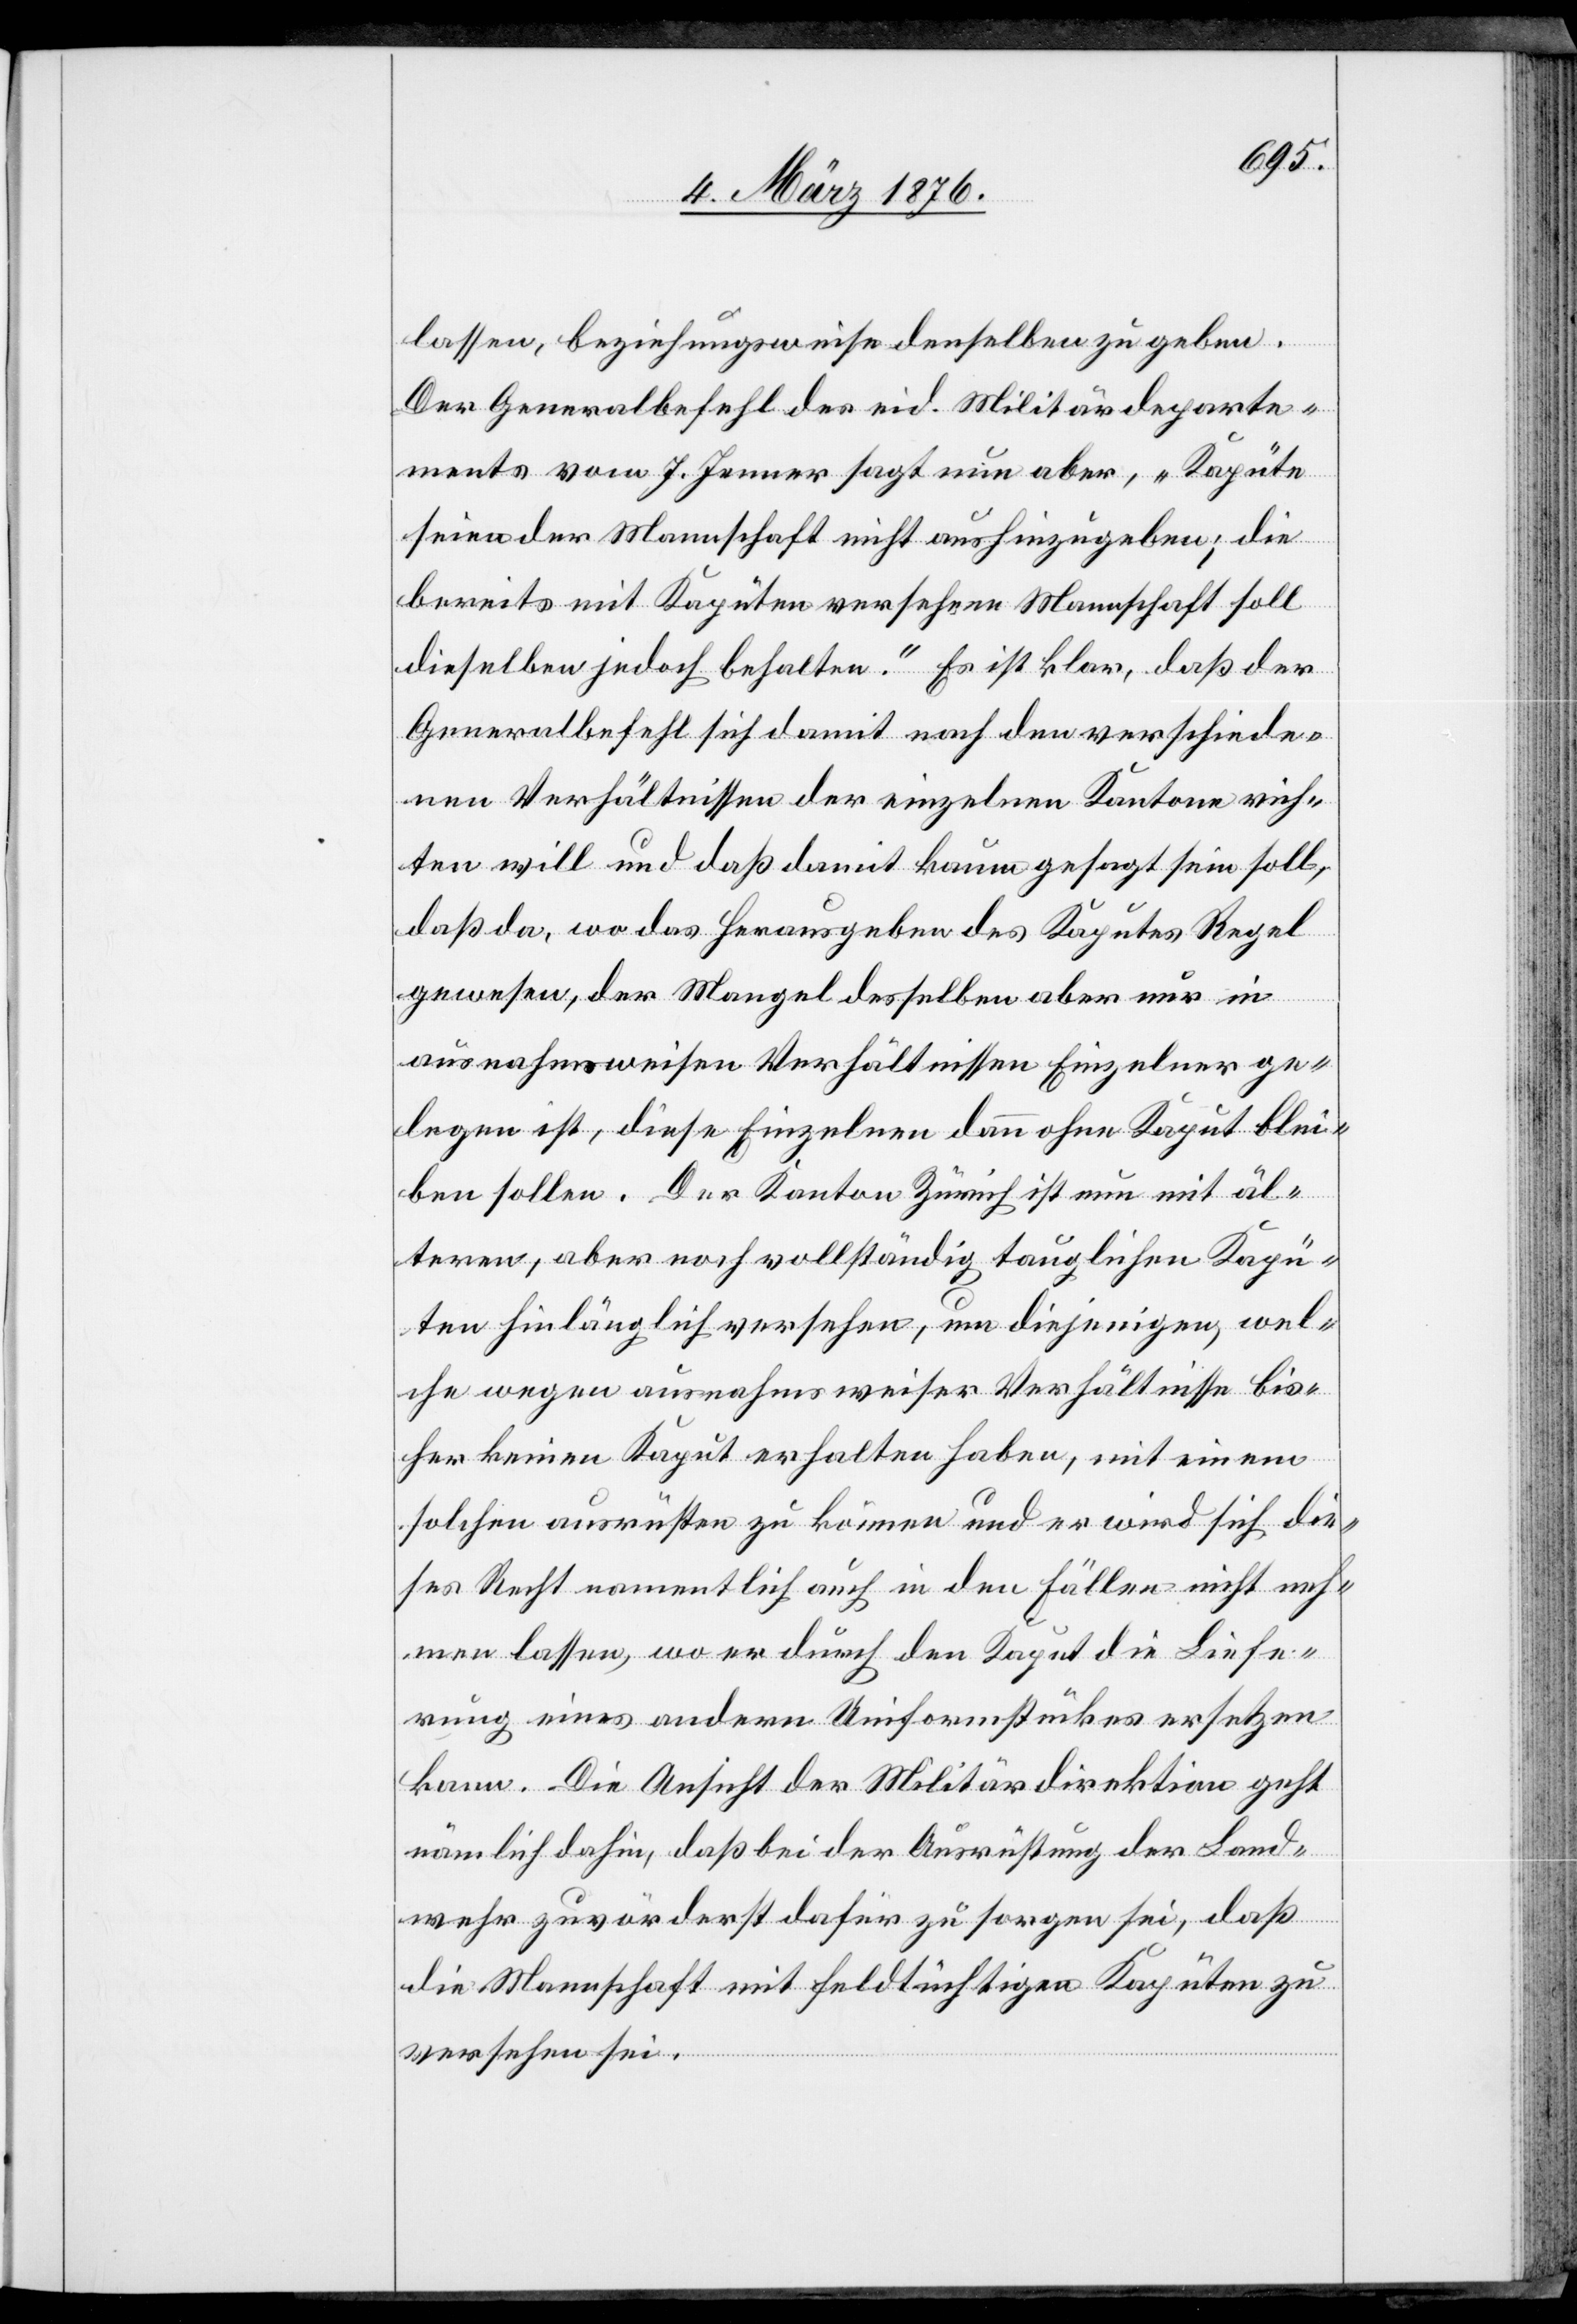
lassen, beziehungsweise denselben zu geben.
Der Generalbefehl des eid. Militärdeparte¬
ments vom 7. Jenner sagt nun aber, „Kapüte
seien der Mannschaft nicht aushinzugeben; die
bereits mit Kapüten versehende Mannschaft soll
dieselben jedoch behalten.“ Es ist klar, daß der
Generalbefehl sich damit nach den verschiede¬
nen Verhältnissen der einzelnen Kantone rich¬
ten will und daß damit kaum gesagt sein soll,
daß da, wo das Herausgeben des Kaputes Regel
gewesen, der Mangel desselben aber nur in
ausnahmsweisen Verhältnissen Einzelner ge¬
legen ist, diese Einzelnen dann ohne Kaput blei¬
ben sollen. Der Kanton Zürich ist nun mit äl¬
teren, aber noch vollständig tauglichen Kapü¬
ten hinlänglich versehen, um diejenigen, wel¬
che wegen ausnahmsweiser Verhältnisse bis¬
her keinen Kaput erhalten haben, mit einem
solchen ausrüsten zu können und er wird sich die¬
ses Recht namentlich auch in den Fällen nicht neh¬
men lassen, wo er durch den Kaput die Liefe¬
rung eines andern Uniformstückes ersetzen
kann. Die Aufsicht der Militärdirektion geht
nämlich dahin, daß bei der Ausrüstung der Land¬
wehr zuvörderst dafür zu sorgen sei, daß
die Mannschaft mit feldtüchtigen Kaputen zu
versehen sei.